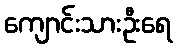
ကျောင်းသားဦးရေ